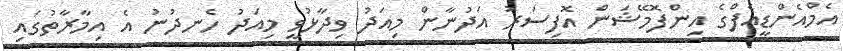
އެމްއެންޑީއެފްގެ އިންފޮމޭޝަން އޮފިސަރު އަދުނާން މިއަދު ވިދާޅުވީ މިއަދު ހެނދުނު އެ އިމާރާތުގައި